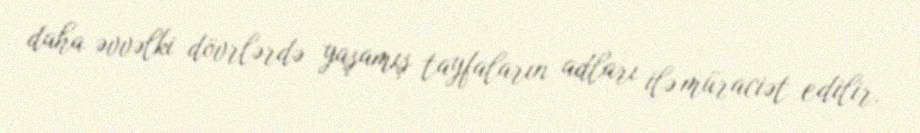
daha əvvəlki dövrlərdə yaşamış tayfaların adları ilə müraciət edilir.